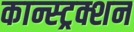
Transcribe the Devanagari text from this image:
कान्स्ट्रक्शन